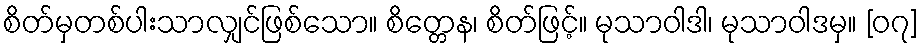
စိတ်မှတစ်ပါးသာလျှင်ဖြစ်သော။ စိတ္တေန၊ စိတ်ဖြင့်။ မုသာဝါဒါ၊ မုသာဝါဒမှ။ [၀၇]